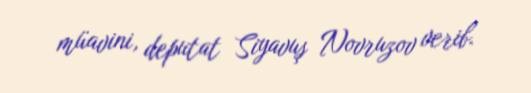
müavini, deputat Siyavuş Novruzov verib.